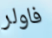
فاولر